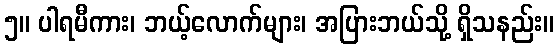
၅။ ပါရမီကား၊ ဘယ့်လောက်များ၊ အပြားဘယ်သို့ ရှိသနည်း။